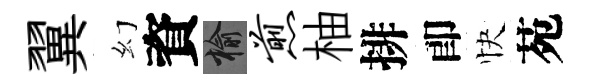
翼幻資榆煎柚排卽快苑